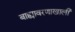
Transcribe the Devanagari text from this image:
बाह्यावरणाखाली